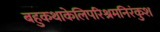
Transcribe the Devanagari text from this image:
बहुकथाकेलिपरिश्रमनिरंकुश